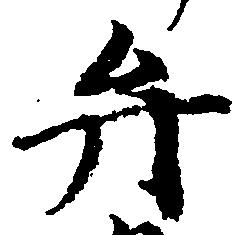
弁